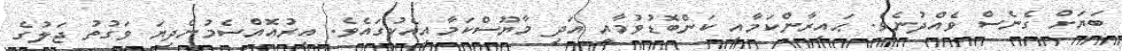
ބަޔަށް ގެނެސް ވެއްދުނެވެ. ޙައިރާންކަމާއި ކަންބޮޑުވުމާއި އަދި މާޔޫސްކަމާއިއެކުގައެވެ. އިރުއޮއްސެމުންދިޔަ ވަގުތު ޖަލުގެ